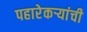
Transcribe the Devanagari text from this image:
पहारेकर्‍यांची